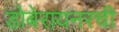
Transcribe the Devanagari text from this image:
डोबेरायनरची